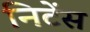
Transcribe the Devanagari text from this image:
निटेंस